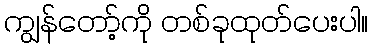
ကျွန်တော့်ကို တစ်ခုထုတ်ပေးပါ။